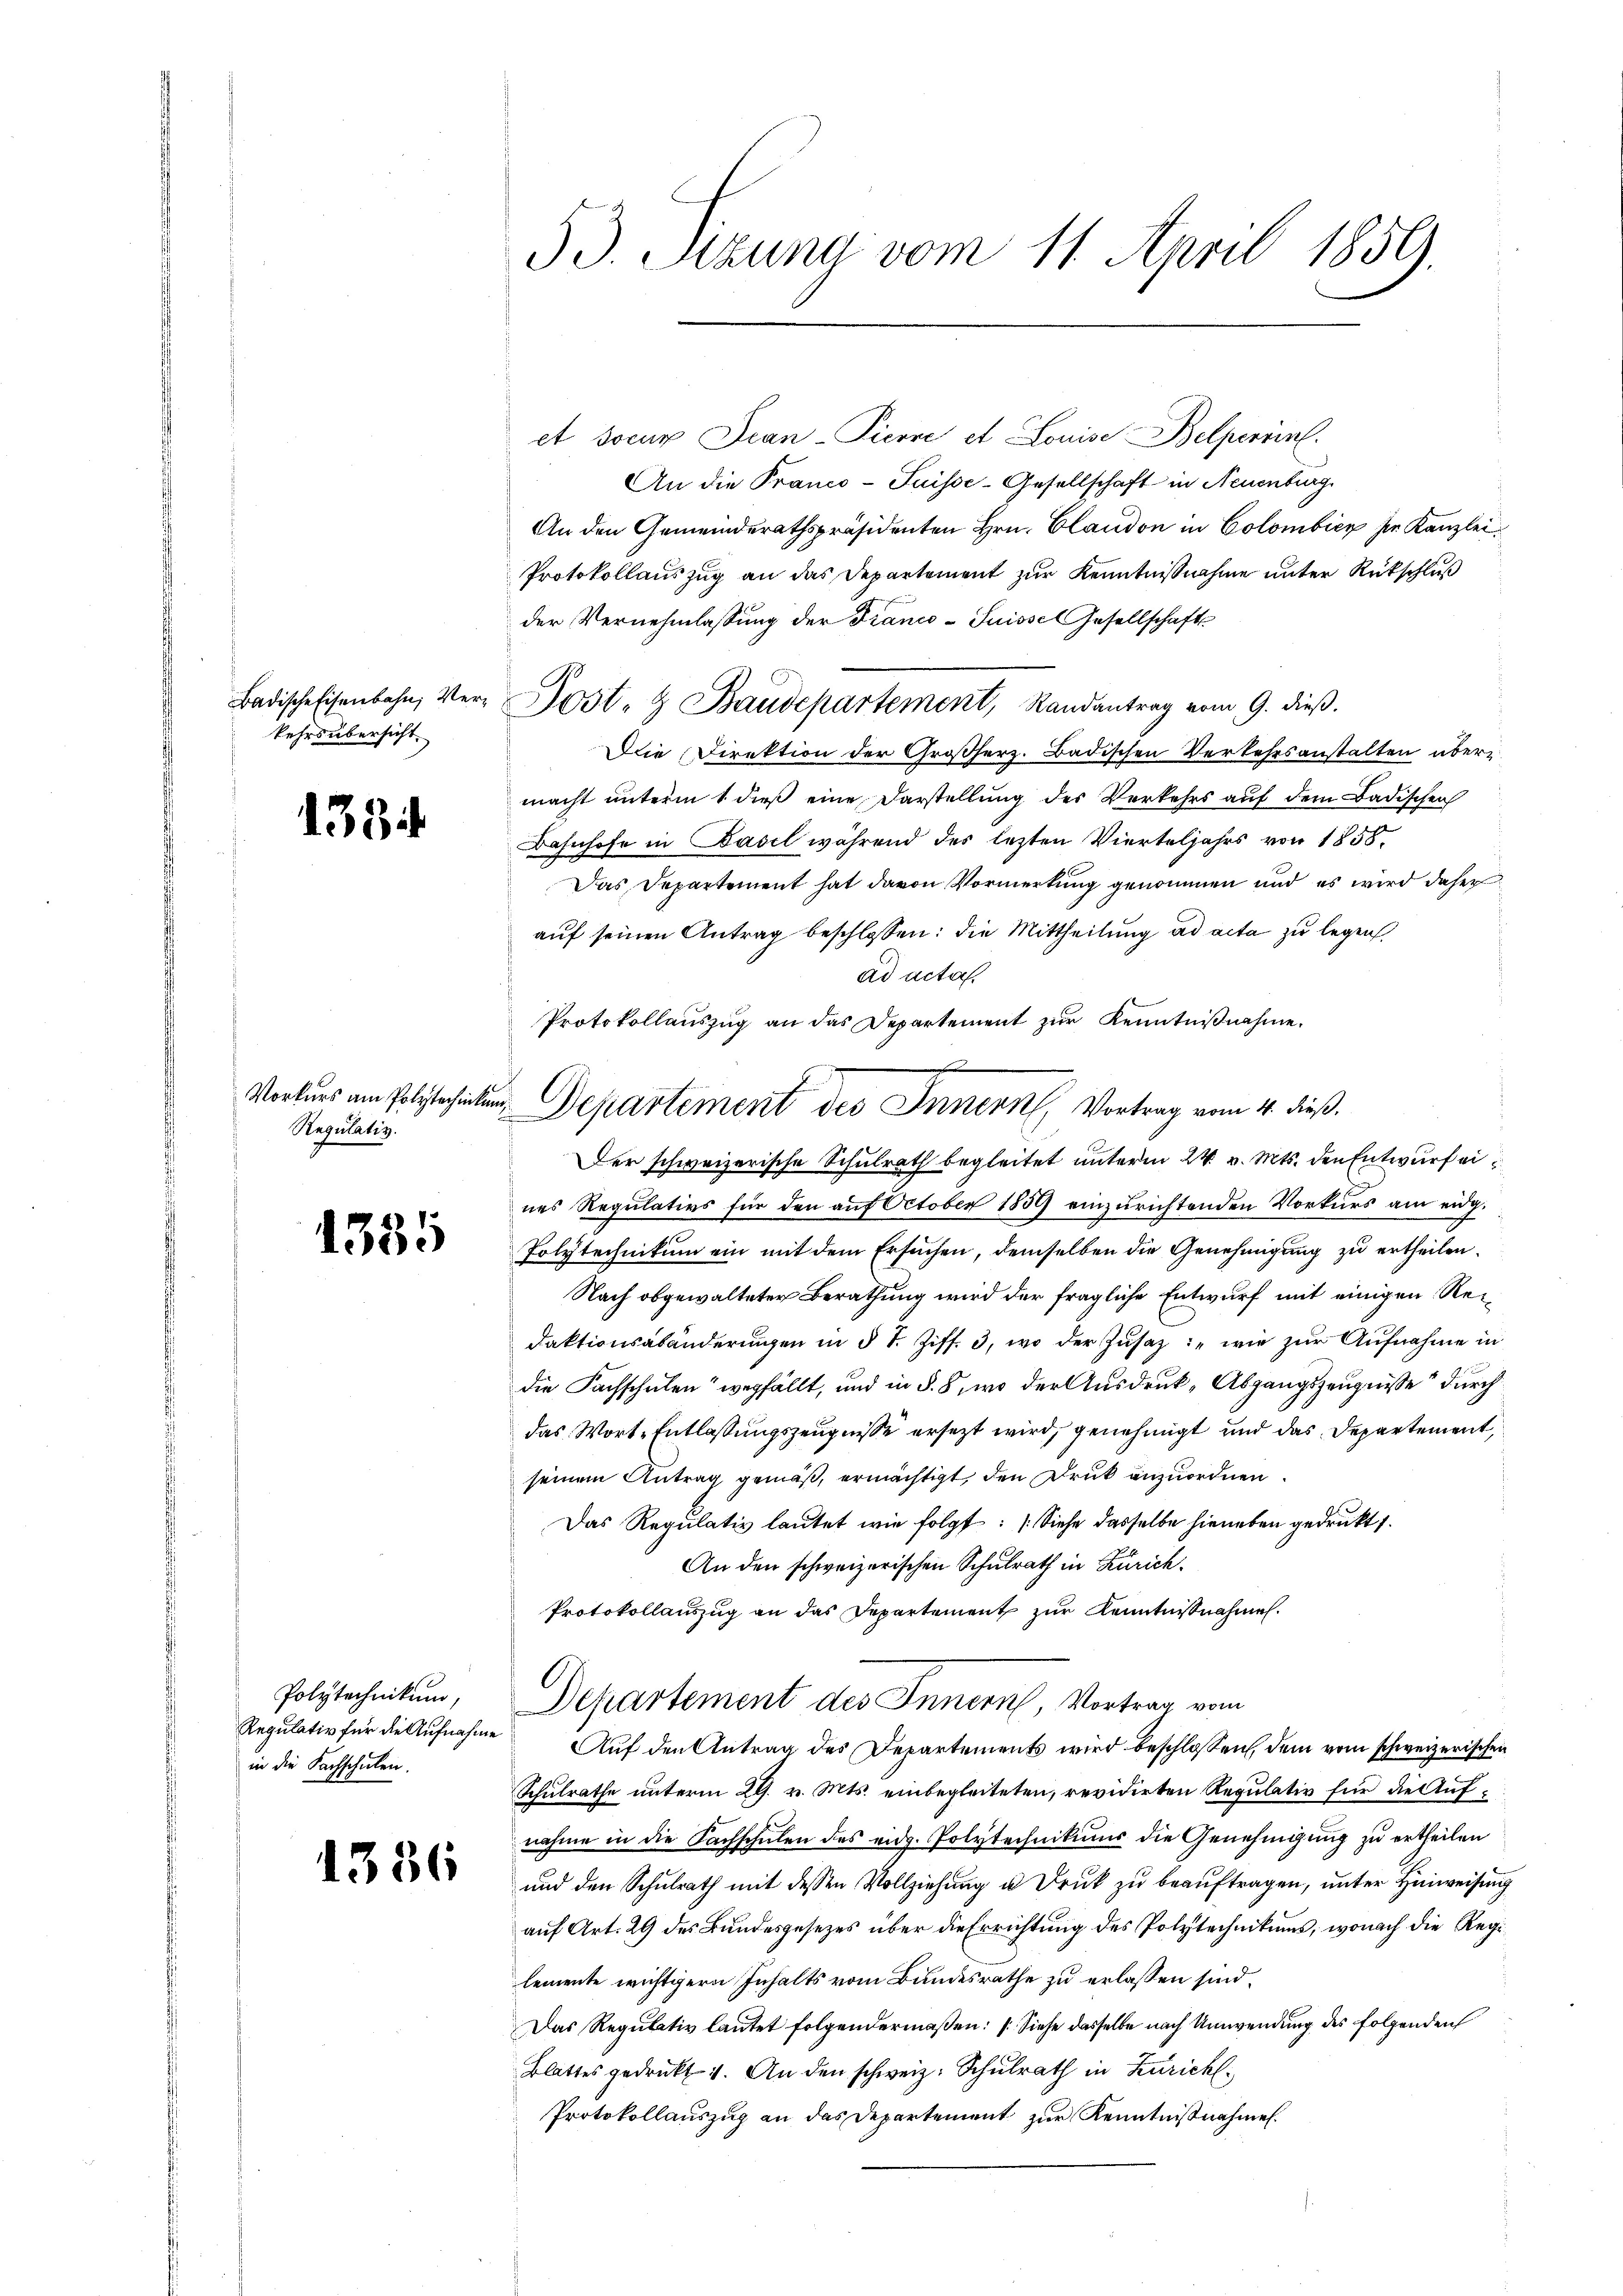
Badische Eisenbahn, Verkehrs übersicht.

1334

Vorkurs am Polytechinke
Regulativ.

1385

Polytechnikum,
Regulativ für die Aufnahme
in die Sachschulen.

1336

53. Sitzung vom 11. April 1859.

et docur Jean-Pierre et Louise Belperint.
An die Pranco-Suisse-Gesellschaft in Neuenburg.
An den Gemeinderathspräsidenten Hrn. Claudon in Colombien der Kanzlei
Protokollauszug an das Departement zur Kenntnißnahme unter Rückschluß
der Vernehmlassung der Franco-Suisse Gesellschafts
Post- & Baudepartement, Randantrag vom 9. dieß.
Die Direktion der Großherz. Badischen Verkehrsanstalten übermacht unterm 1. dieß eine Darstellung des Verkehrs auf dem Badischen
Bahnhofe in Basel während des lezten Vierteljahrs von 1858.
Das Departement hat davon Vormerkung genommen und es wird daher
aŭf seinen Antrag beschlossen: die Mittheilung ad acta zu legen,
ad acta.
Protokollauszug an das Departement zur Kenntnißnahme.
Der schweizerische Schulrath begleitet unterm 24. v. Mts. den Entwurf eines Regulativs für den auf October 1859 einzurichtenden Vorkurs am eidg.
Polytechnikum ein mit dem Ersuchen, demselben die Genehmigung zu ertheilen.
Nach obgewalteter Berathung wird der fragliche Entwurf mit einigen Redaktionsabänderŭngen in § 1. Ziff. 3, wo der Zŭsaz: "wie zur Aufnahme in
die Fachschulen“ wegfällt, und in §. 8, wo der Ausdruck, Abgangszeugnisse durch
das Wort-Entlassungszeugnisse ersezt wird, genehmigt und das Departement,
seinem Antrag gemäß, ermächtigt, den Druck anzuordnen.
Das Regulativ lautet wie folgt: „Siehe dasselbe hieneben gedruckt s
An den schweizerischen Schulrath in Zürich.
Protokollauszug an das Departement zur Kenntnißnahmen.
Departement des Innern, Vortrag vom
Auf den Antrag des Departements wird beschlossen, dem vom schweizerischen
Schulrathe unterm 29. v. Mts. einbegleiteten, revidirten Regulativ für die Aufnahme in die Sachschulen des eidg. Polytechnikums die Genehmigung zu ertheilen
und den Schulrath mit dessen Vollziehung u. Druk zu beauftragen, unter Hinweisung
auf Art. 29 des Bundesgesezes über die Errichtung des Polytechnikums, wonach die Regilemente wichtigern Inhalts vom Bundesrathe zu erlassen sind.
Das Regulativ lautet folgendermaßen: (Siehe dasselbe nach Umwendung des folgenden
Blattes gedrukt 4. An den schweiz. Schulrath in Zürich¬
Protokollauszug an das Departement zur Kenntnißnahmen.

Departement des Innern, Vortrag vom 11. dieß.